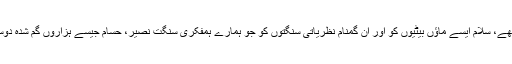
جو چیر دینے والی شدید سردی میں بھی اپنے پیاروں کی بازہابی کے لیئے جہدِ مسلسل میں تھے، سلام ایسے ماؤں بیٹیوں کو اور ان گمنام نظریاتی سنگتوں کو جو ہمارے ہمفکری سنگت نصیر، حسام جیسے ہزاروں گم شدہ دوستوں کو بازیاب کرنے کے وجہ بنے ہیں. کاروان و جدو جہد اور مقصد صرف یہی تک نہیں۔